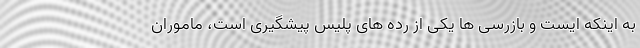
به اینکه ایست و بازرسی ها یکی از رده های پلیس پیشگیری است، ماموران